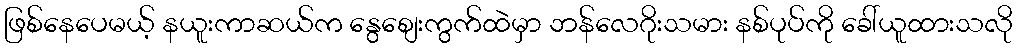
ဖြစ်နေပေမယ့် နယူးကာဆယ်က နွေစျေးကွက်ထဲမှာ ဘန်လေဂိုးသမား နစ်ပုပ်ကို ခေါ်ယူထားသလို